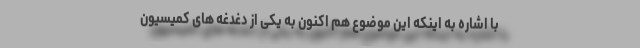
با اشاره به اینکه این موضوع هم اکنون به یکی از دغدغه های کمیسیون